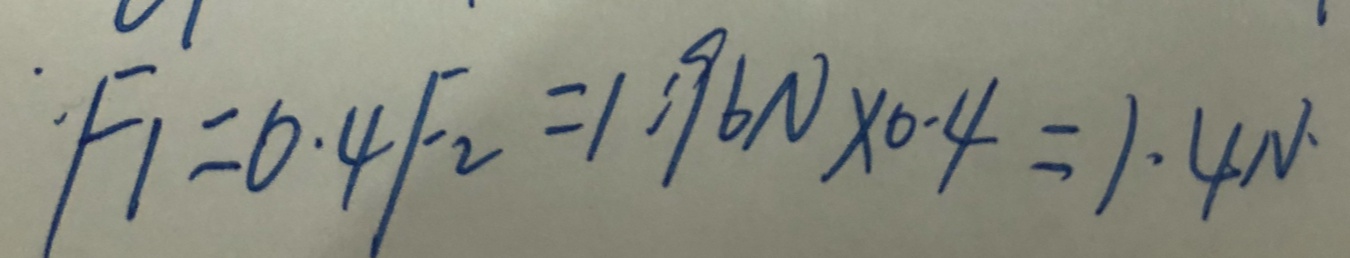
F _ { 1 } = 0 . 4 F _ { 2 } = 1 : 9 6 N \times 0 . 4 = 1 . 4 N